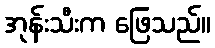
အုန်းသီးက ဖြေသည်။